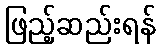
ဖြည့်ဆည်းရန်